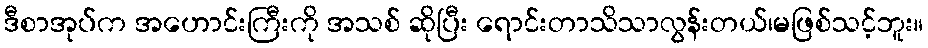
ဒီစာအုပ်က အဟောင်းကြီးကို အသစ် ဆိုပြီး ရောင်းတာသိသာလွန်းတယ်၊မဖြစ်သင့်ဘူး။